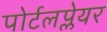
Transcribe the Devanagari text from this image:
पोर्टलप्लेयर